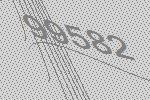
99582